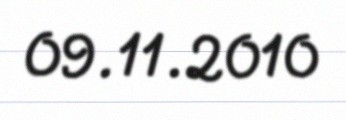
09.11.2010